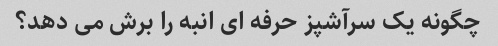
چگونه یک سرآشپز حرفه ای انبه را برش می دهد؟